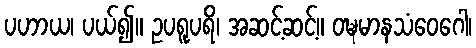
ပဟာယ၊ ပယ်၍။ ဥပရူပရိ၊ အဆင့်ဆင့်။ ဝဍ္ဎမာနသံဝေဂေါ၊